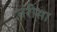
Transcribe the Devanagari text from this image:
तरीसा